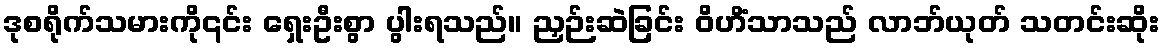
ဒုစရိုက်သမားကို၎င်း ရှေးဦးစွာ ပွါးရသည်။ ညှဉ်းဆဲခြင်း ဝိဟိံသာသည် လာဘ်ယုတ် သတင်းဆိုး